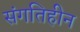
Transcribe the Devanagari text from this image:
संगतिहीन